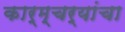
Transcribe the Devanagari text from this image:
कार्म्चर्यांचा